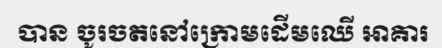
បាន ចូរចតនៅក្រោមដើមឈើ អាគារ